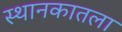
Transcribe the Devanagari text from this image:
स्थानकातला